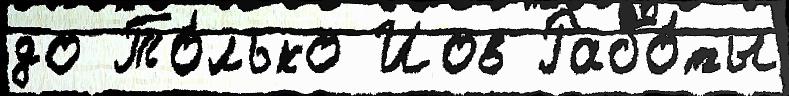
до То́лько Иов Рабо́ты